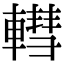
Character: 轊